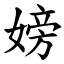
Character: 嫎